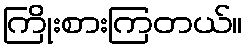
ကြိုးစားကြတယ်။